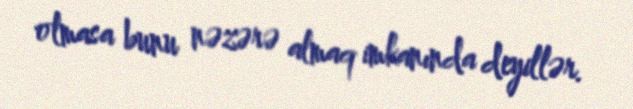
olmasa bunu nəzərə almaq imkanında deyillər.